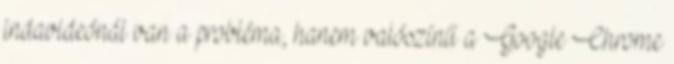
indavideónál van a probléma, hanem valószínű a Google Chrome